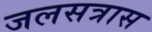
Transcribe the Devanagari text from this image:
जलसत्रास